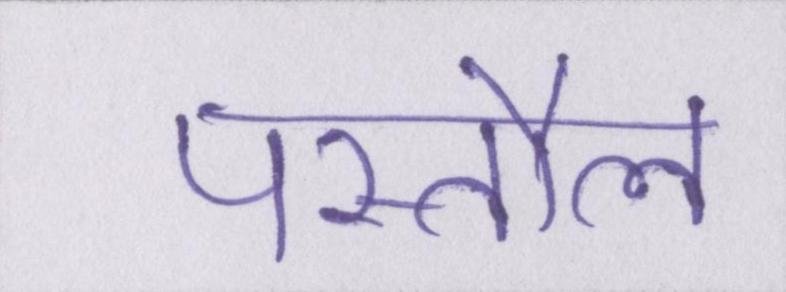
पस्तौल